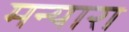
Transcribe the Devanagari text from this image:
मन्यारा